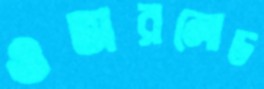
ওভারলোড